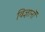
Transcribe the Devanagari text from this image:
विज्ञानॊं